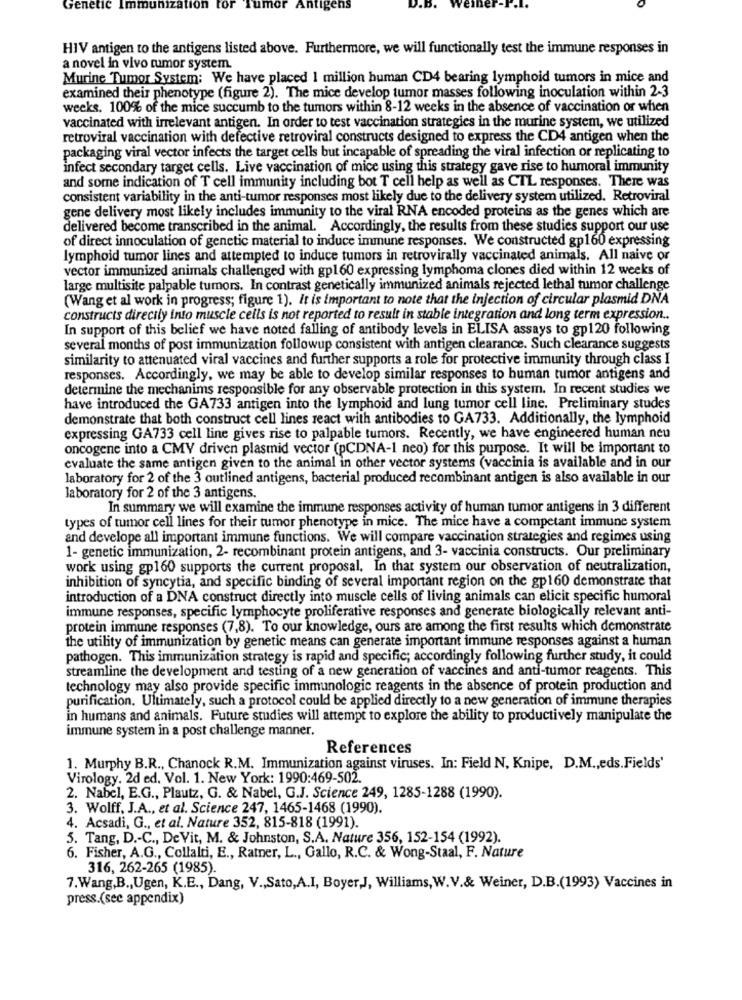
Genetic Immunization for Tumor
Antigens
HIV antigen to the antigens listed above. Furthermore, we will functionally test the immune responses in
a novel in vivo tumor system.
Murine Tumor System: We have placed 1 million human CD4 bearing lymphoid tumors in mice and
examined their phenotype (figure 2). The mice develop tumor masses following inoculation within 2-3
weeks. 100% of the mice succumb to the tumors within 8-12 weeks in the absence of vaccination or when
vaccinated with irrelevant antigen. In order to test vaccination strategies in the murine system, we utilized
retroviral vaccination with defective retroviral constructs designed to express the CD4 antigen when the
packaging viral vector infects the target cells but incapable of spreading the viral infection or replicating to
infect secondary target cells. Live vaccination of mice using this strategy gave rise to humoral immunity
and some indication of T cell immunity including bot T cell help as well as CTL responses. There was
consistent variability in the anti-tumor responses most likely due to the delivery system utilized. Retroviral
gene delivery most likely includes immunity to the viral RNA encoded proteins as the genes which are
delivered become transcribed in the animal. Accordingly, the results from these studies support our use
of direct innoculation of genetic material to induce immune responses. We constructed gp160 expressing
lymphoid tumor lines and attempted to induce tumors in retrovirally vaccinated animals. All naive or
vector immunized animals challenged with gp160 expressing lymphoma clones died within 12 weeks of
large multisite palpable tumors. In contrast genetically immunized animals rejected lethal tumor challenge
(Wang et al work in progress; figure 1). It is important to note that the injection of circular plasmid DNA
constructs direcily inio muscle cells is not reported to result in stable integration and long term expression ..
In support of this belief we have noted falling of antibody levels in ELISA assays to gp120 following
several months of post immunization followup consistent with antigen clearance. Such clearance suggests
similarity to attenuated viral vaccines and further supports a role for protective immunity through class I
responses. Accordingly, we may be able to develop similar responses to human tumor antigens and
determine the mechanims responsible for any observable protection in this system. In recent studies we
have introduced the GA733 antigen into the lymphoid and lung tumor cell line. Preliminary studes
demonstrate that both construct cell lines react with antibodies to GA733. Additionally, the lymphoid
expressing GA733 cell line gives rise to palpable tumors. Recently, we have engineered human neu
oncogene into a CMY driven plasmid vector (pCDNA-1 neo) for this purpose. It will be important to
evaluate the same antigen given to the animal in other vector systems (vaccinia is available and in our
laboratory for 2 of the 3 outlined antigens, bacterial produced recombinant antigen is also available in our
laboratory for 2 of the 3 antigens.
In summary we will examine the immune responses activity of human tumor antigens in 3 different
types of tumor cell lines for their tumor phenotype in mice. The mice have a competant immune system
and develope all important immune functions. We will compare vaccination strategies and regimes using
1- genetic immunization, 2- recombinant protein antigens, and 3- vaccinia constructs. Our preliminary
work using gp160 supports the current proposal. In that system our observation of neutralization,
inhibition of syncytia, and specific binding of several important region on the gp160 demonstrate that
introduction of a DNA construct directly into muscle cells of living animals can elicit specific humoral
immune responses, specific lymphocyte proliferative responses and generate biologically relevant anti-
protein immune responses (7,8). To our knowledge, ours are among the first results which demonstrate
the utility of immunization by genetic means can generate important immune responses against a human
pathogen. This immunization strategy is rapid and specific; accordingly following further study, it could
streamline the development and testing of a new generation of vaccines and anti-tumor reagents. This
technology may also provide specific immunologic reagents in the absence of protein production and
purification. Ultimately, such a protocol could be applied directly to a new generation of immune therapies
in humans and animals. Future studies will attempt to explore the ability to productively manipulate the
immune system in a post challenge manner.
References
1. Murphy B.R ., Chanock R.M. Immunization against viruses. In: Field N, Knipe, D.M ., eds.Fields'
Virology. 2d ed. Vol. 1. New York: 1990:469-502
2. Nabel, E.G ., Plautz, G. & Nabel, G.J. Science 249, 1285-1288 (1990).
3. Wolff, J.A ., et al. Science 247, 1465-1468 (1990).
4. Acsadi, G ., et al. Nature 352, 815-818 (1991).
5. Tang, D .- C ., De Vit, M. & Johnston, S.A. Nature 356, 152-154 (1992).
6. Fisher, A.G ., Collalti, E ., Ratner, L ., Gallo, R.C. & Wong-Staal, F. Nature
316, 262-265 (1985).
7.Wang,B ., Ugen, K.E ., Dang, V ., Sato,A.I, Boyer,J, Williams, W.V.& Weiner, D.B.(1993) Vaccines in
press.(see appendix)